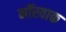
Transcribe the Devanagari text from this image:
नॉरवाक